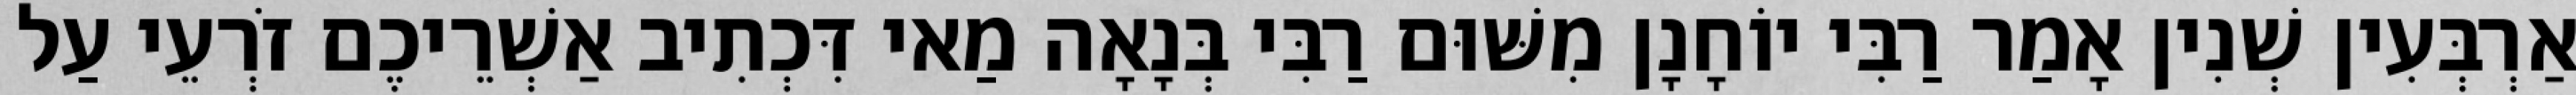
אַרְבְּעִין שְׁנִין אָמַר רַבִּי יוֹחָנָן מִשּׁוּם רַבִּי בְּנָאָה מַאי דִּכְתִיב אַשְׁרֵיכֶם זֹרְעֵי עַל